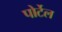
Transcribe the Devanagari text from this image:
पोर्टेल